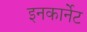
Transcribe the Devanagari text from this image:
इनकार्नेट